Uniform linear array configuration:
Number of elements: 4
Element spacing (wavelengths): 0.25
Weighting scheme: cosine
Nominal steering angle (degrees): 60
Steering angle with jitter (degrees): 58.954
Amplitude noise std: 0.05
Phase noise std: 0.05

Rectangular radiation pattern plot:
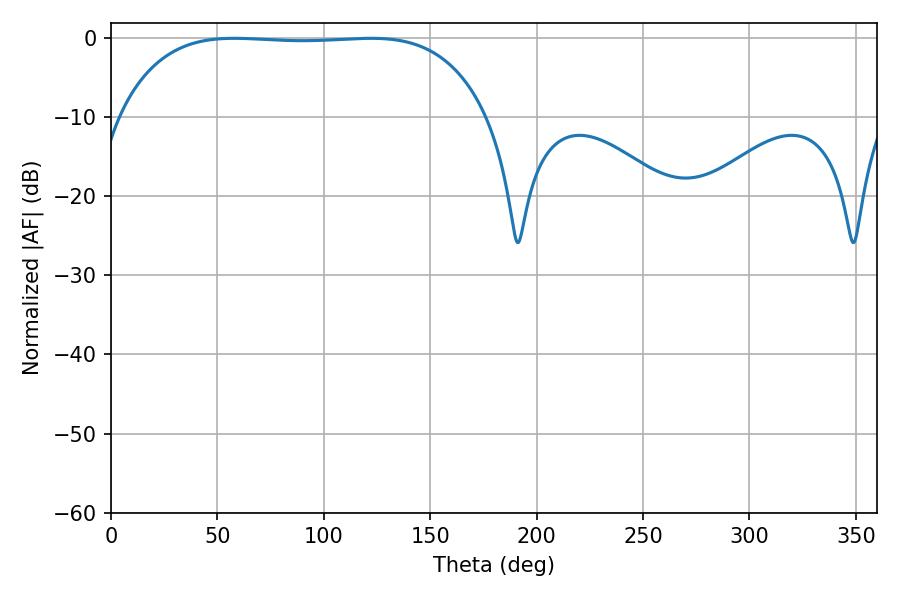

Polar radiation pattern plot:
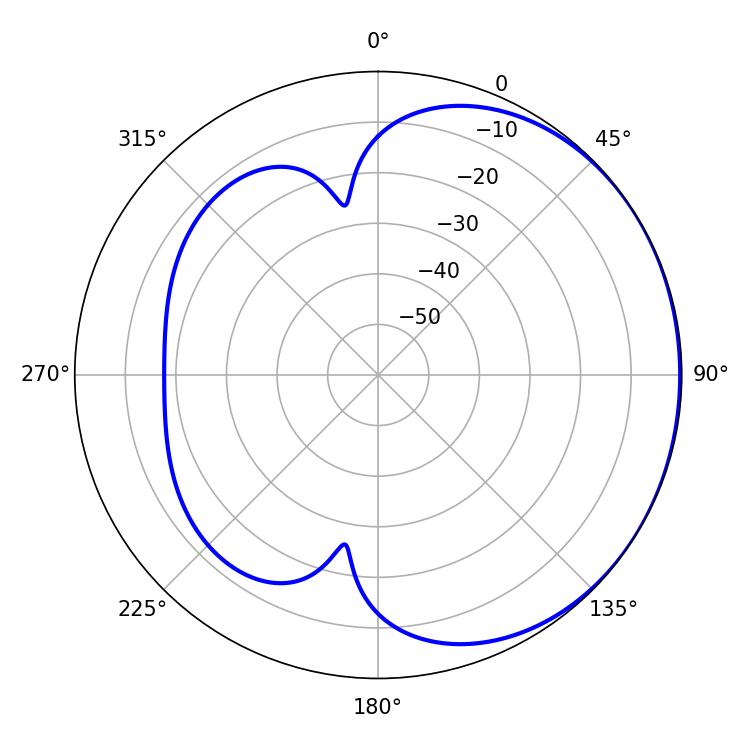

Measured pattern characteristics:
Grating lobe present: FALSE
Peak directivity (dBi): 0.7325
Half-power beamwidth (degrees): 135.36
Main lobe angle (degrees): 57.78